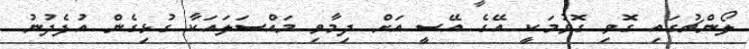
ލޯންޗުގައި ގޮވި ގޮވުމަކީ އޭގެ އޭސީ އަށް ދިމާވި މައްސަލައަކާ ގުޅިގެން އުފެދުނު